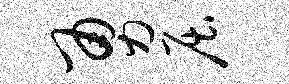
勇屈